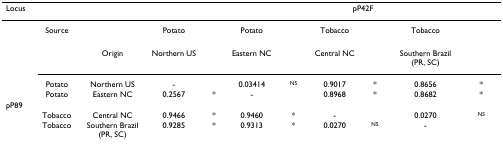
<table><thead><tr><td colspan="5"><b>Locus</b></td><td colspan="6"><b>pP42F</b></td></tr></thead><tbody><tr><td></td><td>Source</td><td></td><td>Potato</td><td></td><td>Potato</td><td></td><td>Tobacco</td><td></td><td>Tobacco</td><td></td></tr><tr><td></td><td></td><td>Origin</td><td>Northern US</td><td></td><td>Eastern NC</td><td></td><td>Central NC</td><td></td><td>Southern Brazil (PR, SC)</td><td></td></tr><tr><td></td><td>Potato</td><td>Northern US</td><td>-</td><td></td><td>0.03414</td><td><sup>NS</sup></td><td>0.9017</td><td>*</td><td>0.8656</td><td>*</td></tr><tr><td></td><td>Potato</td><td>Eastern NC</td><td>0.2567</td><td>*</td><td>-</td><td></td><td>0.8968</td><td>*</td><td>0.8682</td><td>*</td></tr><tr><td>pP89</td><td></td><td></td><td></td><td></td><td></td><td></td><td></td><td></td><td></td><td></td></tr><tr><td></td><td>Tobacco</td><td>Central NC</td><td>0.9466</td><td>*</td><td>0.9460</td><td>*</td><td>-</td><td></td><td>0.0270</td><td><sup>NS</sup></td></tr><tr><td></td><td>Tobacco</td><td>Southern Brazil (PR, SC)</td><td>0.9285</td><td>*</td><td>0.9313</td><td>*</td><td>0.0270</td><td><sup>NS</sup></td><td>-</td><td></td></tr></tbody></table>